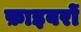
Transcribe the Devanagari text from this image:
फ़ाइबरों